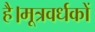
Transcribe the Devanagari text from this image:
है।मूत्रवर्धकों